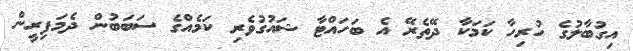
އިގުބާލުގެ ހުރިހާ ކަމަކާ ދޭތެރޭ އެ ބަހައްޓާ ޝައުގުވެރި ކަމެއްގެ ސަބަބުން ދެމަފިރީން